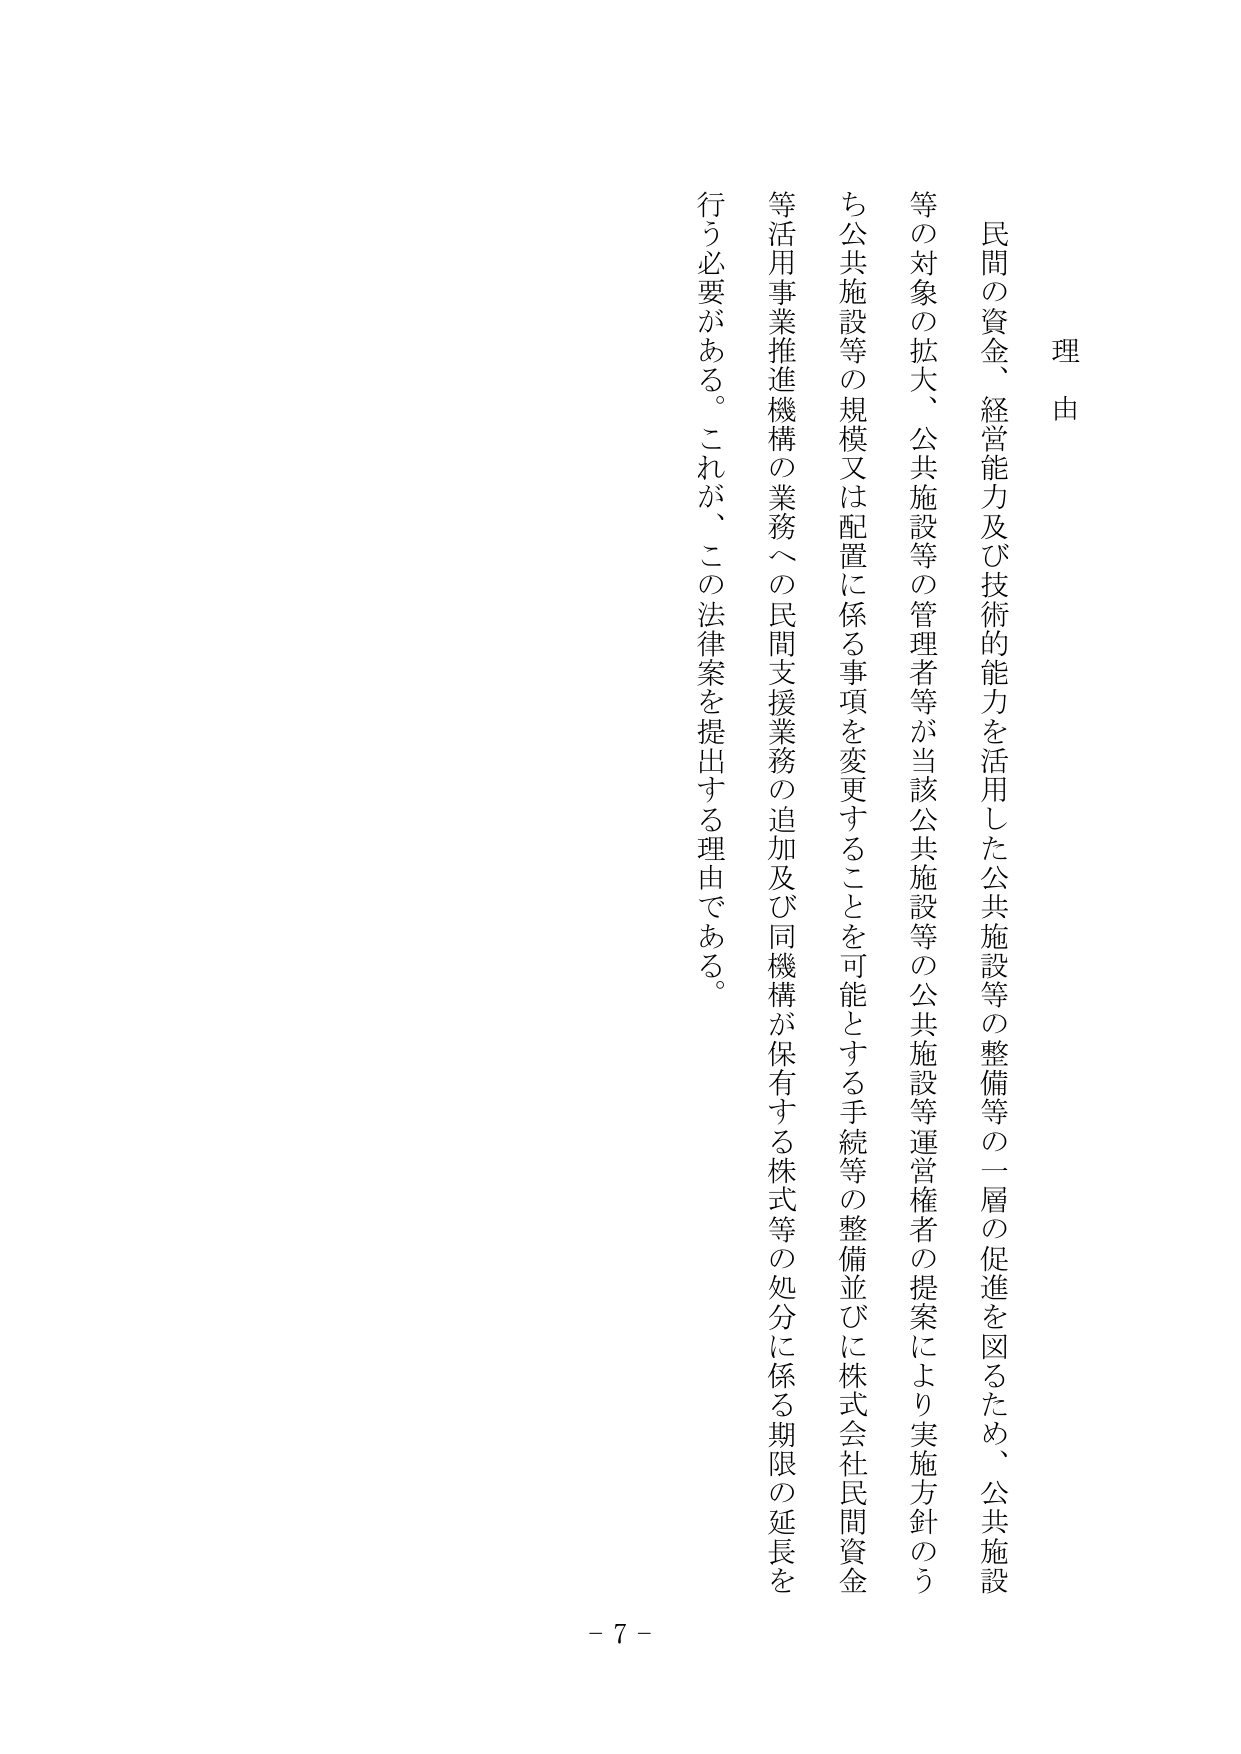
理由

民間の資金、経営能力及び技術的能力を活用した公共施設等の整備等の一層の促進を図るため、公共施設等の対象の拡大、公共施設等の管理者等が当該公共施設等の公共施設等運営権者の提案により実施方針のうち公共施設等の規模又は配置に係る事項を変更することを可能とする手続等の整備並びに株式会社民間資金等活用事業推進機構の業務への民間支援業務の追加及び同機構が保有する株式等の処分に係る期限の延長を行う必要がある。これが、この法律案を提出する理由である。

- 7 -